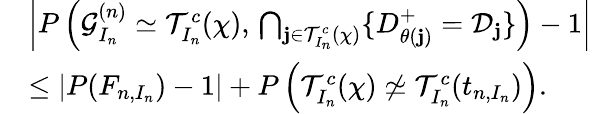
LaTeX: \begin{array}{rl}&{\left|P\left(\mathcal{G}_{I_{n}}^{(n)}\simeq\mathcal{T}_{I_{n}}^{c}(\chi),\, \bigcap_{\mathbf{j}\in\mathcal{T}_{I_{n}}^{c}(\chi)}\{ D_{\theta(\mathbf{j})}^{+}=\mathcal{D}_{\mathbf{j}}\} \right)-1\right|}\\ &{\leq\left|P(F_{n,I_{n}})-1\right|+P\left(\mathcal{T}_{I_{n}}^{c}(\chi)\not\simeq\mathcal{T}_{I_{n}}^{c}(t_{n,I_{n}})\right).}\end{array}